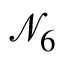
{ \mathcal { N } } _ { 6 }